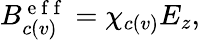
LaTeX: \begin{array}{r}{B_{c(v)}^{\mathrm{~e~f~f~}}=\chi_{c(v)}E_{z},}\end{array}